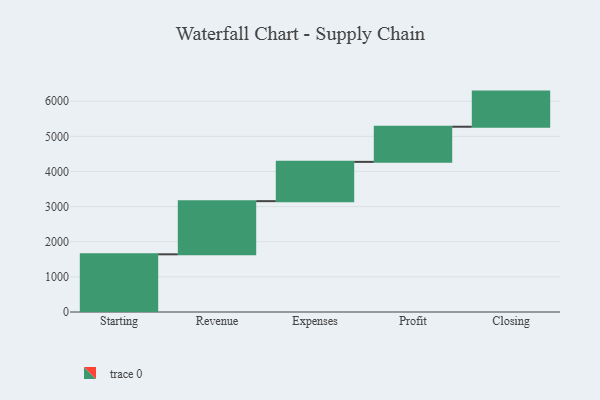
{"axis": {"x": "Step", "y": "Value"}, "legend": [""], "data": [{"x": "Starting", "y": 1642.0, "type": ""}, {"x": "Revenue", "y": 1513.0, "type": ""}, {"x": "Expenses", "y": 1118.0, "type": ""}, {"x": "Profit", "y": 1000, "type": ""}, {"x": "Closing", "y": 1000, "type": ""}]}